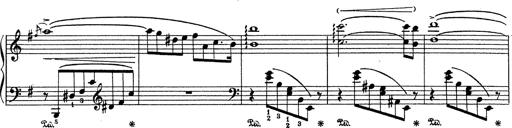
Title: Grosses Konzertsolo
Composer: Franz Liszt